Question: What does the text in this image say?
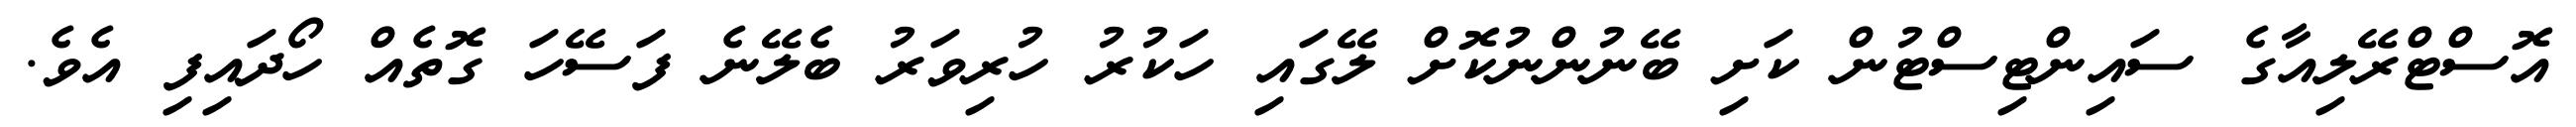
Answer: އޮސްޓްރޭލިއާގެ ސައިންޓިސްޓުން ކަށި ބޭނުންނުކޮށް ލޭގައި ހަކުރު ހުރިވަރު ބެލޭނެ ފަސޭހަ ގޮތެއް ހޯދައިފި އެވެ.